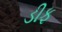
ડીફ